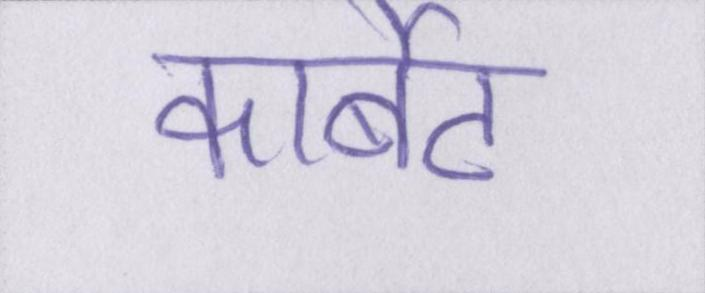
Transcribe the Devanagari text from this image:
कार्बेट